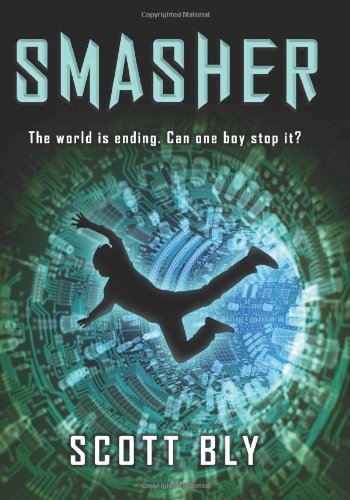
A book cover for Smasher; Scott Bly; Children's Books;